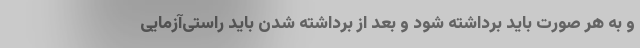
و به هر صورت باید برداشته شود و بعد از برداشته شدن باید راستی‌آزمایی